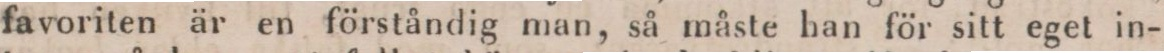
favoriten är en förståndig man, så måste han för sitt eget in-